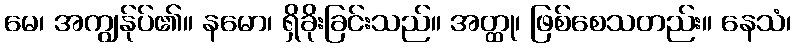
မေ၊ အကျွန်ုပ်၏။ နမော၊ ရှိခိုးခြင်းသည်။ အတ္ထု၊ ဖြစ်စေသတည်း။ နေသံ၊